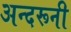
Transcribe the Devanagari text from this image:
अन्‍दरूनी